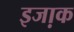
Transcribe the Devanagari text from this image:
इजा़क